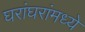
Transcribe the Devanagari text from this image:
घरांघरांमध्ये